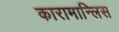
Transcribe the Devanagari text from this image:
कारामान्लिस